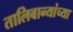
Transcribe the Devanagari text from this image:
तालिबान्यांच्या